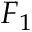
F _ { 1 }